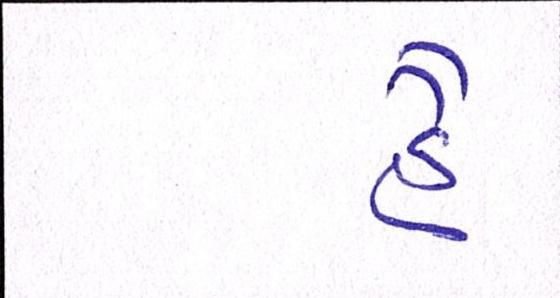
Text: હૈં